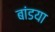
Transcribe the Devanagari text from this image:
बांडया